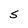
Character: S